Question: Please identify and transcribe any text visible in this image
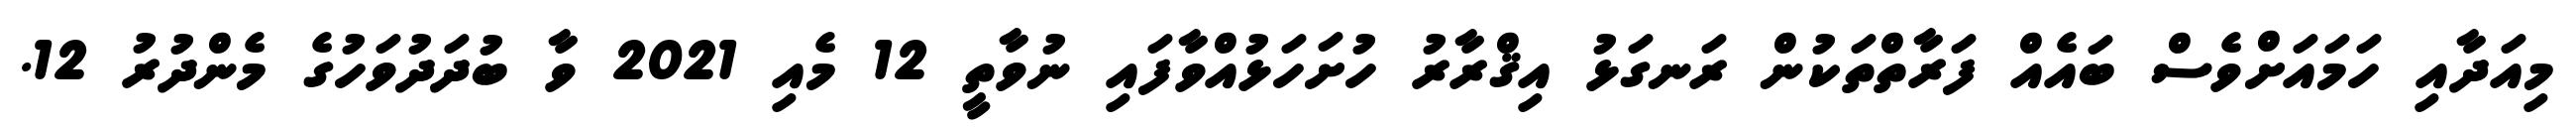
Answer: މިއަދާއި ހަމައަށްވެސް ބައެއް ފަރާތްތަކުން ރަނގަޅު އިޤްރާރު ހުށަހަޅުއްވާފައި ނުވާތީ 12 މެއި 2021 ވާ ބުދަދުވަހުގެ މެންދުރު 12.